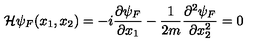
{ \cal H } \psi _ { F } ( x _ { 1 } , x _ { 2 } ) = - i \frac { \partial \psi _ { F } } { \partial x _ { 1 } } - \frac { 1 } { 2 m } \frac { \partial ^ { 2 } \psi _ { F } } { \partial x _ { 2 } ^ { 2 } } = 0